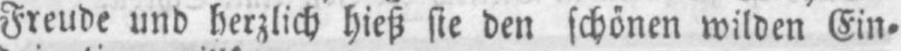
Freude und herzlich hieß sie den schönen wilden Ein⸗